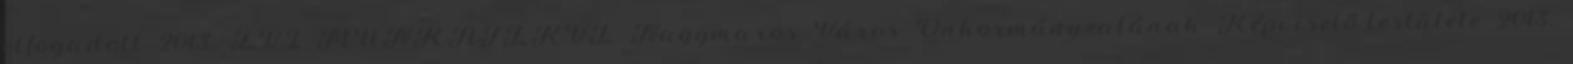
elfogadott 2013. ÉVI MUNKATERVE Nagymaros Város Önkormányzatának Képviselő-testülete 2013.